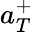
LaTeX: {a}_{T}^{+}